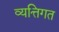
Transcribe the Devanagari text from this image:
व्यत्तिगत